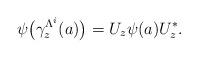
LaTeX: \begin{align*}\psi\big(\gamma_z^{\Lambda^i}(a)\big)=U_z\psi(a)U_z^*.\end{align*}